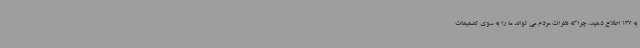
به 137 اطلاع دهید، چراکه نظرات مردم می تواند ما را به سوی تصمیمات